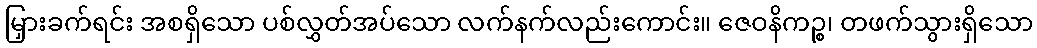
မြှားခက်ရင်း အစရှိသော ပစ်လွှတ်အပ်သော လက်နက်လည်းကောင်း။ ဇေဝနိကဉ္စ၊ တဖက်သွားရှိသော